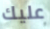
عليك